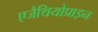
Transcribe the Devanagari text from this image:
एजैथियोप्राइन